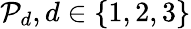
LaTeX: \mathcal{P}_{d},d\in\{ 1,2,3\}